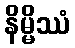
နိမ္မိဿံ